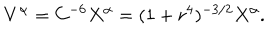
V ^ { \alpha } = C ^ { - 6 } X ^ { \alpha } = ( 1 + r ^ { 4 } ) ^ { - 3 / 2 } X ^ { \alpha } .